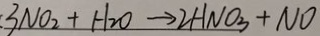
: 3 N O _ { 2 } + H _ { 2 } O \rightarrow 2 H N O _ { 3 } + N O